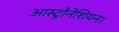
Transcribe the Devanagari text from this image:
आस्ट्रोनेशियन।